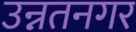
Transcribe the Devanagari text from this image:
उन्नतनगर